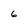
Character: 6